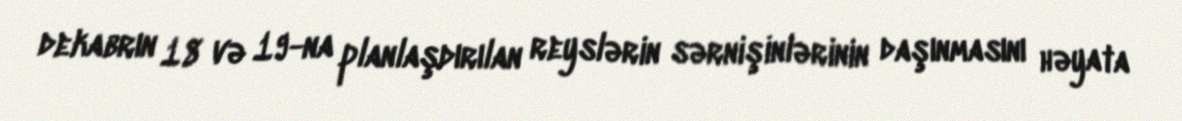
dekabrın 18 və 19-na planlaşdırılan reyslərin sərnişinlərinin daşınmasını həyata